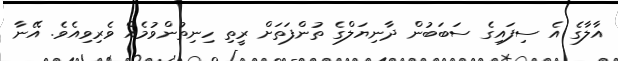
އާލާގެ އެ ސިފައިގެ ސަބަބުން ދާނިޔަލްގެ ތުންފަތަށް ރީތި ހިނިތުންވުމެއް ވެރިވިއެވެ. އޭނާ